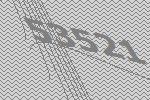
53521